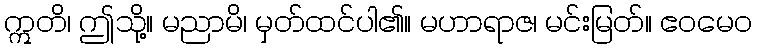
ဣတိ၊ ဤသို့။ မညာမိ၊ မှတ်ထင်ပါ၏။ မဟာရာဇ၊ မင်းမြတ်။ ဧဝမေဝ